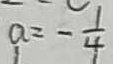
a = - \frac { 1 } { 4 }